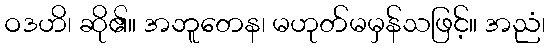
ဝဒဟိ၊ ဆို၏။ အဘူတေန၊ မဟုတ်မမှန်သဖြင့်။ အညံ၊